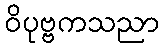
ဝိပုဗ္ဗကသညာ